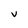
Character: V